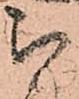
被